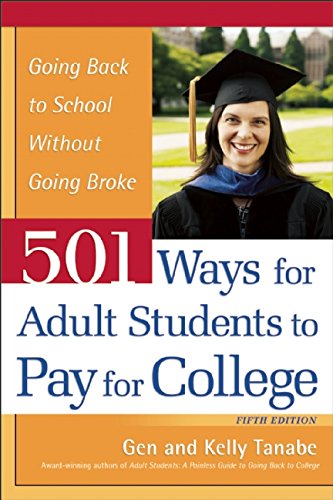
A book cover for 501 Ways for Adult Students to Pay for College: Going Back to School Without Going Broke; Gen Tanabe; Education & Teaching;